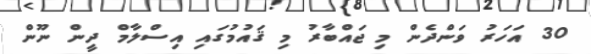
30 އަހަރު ވަންދެން މި ޖައްބާރު މި ޤައުމުގައި އިސްލާމް ދީން ނޫން